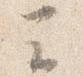
云